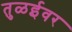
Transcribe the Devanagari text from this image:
तुळईवर